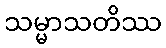
သမ္မာသတိဿ